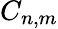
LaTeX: C_{n,m}